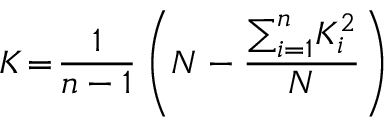
K \! = \! \frac { 1 } { n - 1 } \left( N - \frac { \sum _ { i = 1 } ^ { n } \! K _ { i } ^ { 2 } } { N } \right)